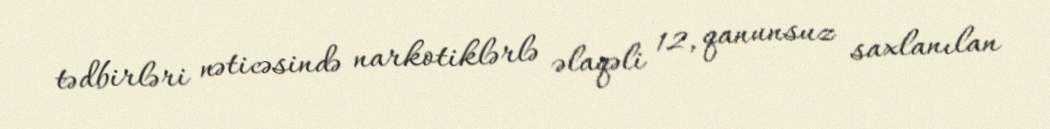
tədbirləri nəticəsində narkotiklərlə əlaqəli 12, qanunsuz saxlanılan